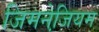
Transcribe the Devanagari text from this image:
जिमनेजि़यम